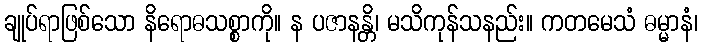
ချုပ်ရာဖြစ်သော နိရောဓသစ္စာကို။ န ပဇာနန္တိ၊ မသိကုန်သနည်း။ ကတမေသံ ဓမ္မာနံ၊